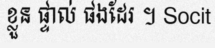
ខ្លួន ផ្ទាល់ ផងដែរ ។ Socit